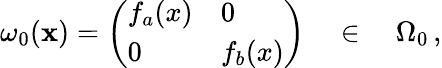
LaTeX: \omega_{0}(\mathbf{x})=\left(\begin{array}{ll}{{f_{a}(x)}}&{{0}}\\ {{0}}&{{f_{b}(x)}}\end{array}\right)\quad\in\quad\Omega_{0}\, ,